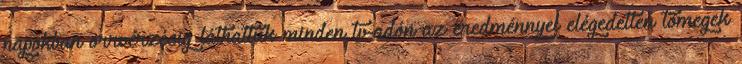
napokban orrvérzésig láthattuk minden tv-adón az eredménnyel elégedetlen tömegek